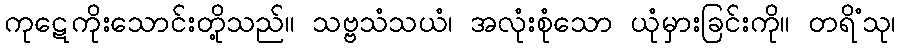
ကုဋေကိုးသောင်းတို့သည်။ သဗ္ဗသံသယံ၊ အလုံးစုံသော ယုံမှားခြင်းကို။ တရိံသု၊